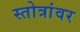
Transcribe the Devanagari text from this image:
स्तोत्रांवर